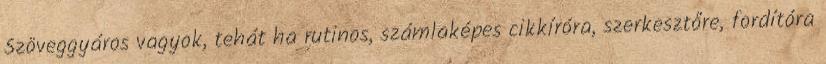
Szöveggyáros vagyok, tehát ha rutinos, számlaképes cikkíróra, szerkesztőre, fordítóra